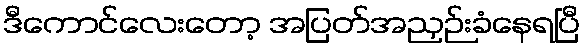
ဒီကောင်လေးတော့ အပြတ်အညှဉ်းခံနေရပြီ